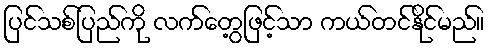
ပြင်သစ်ပြည်ကို လက်တွေ့ဖြင့်သာ ကယ်တင်နိုင်မည်။